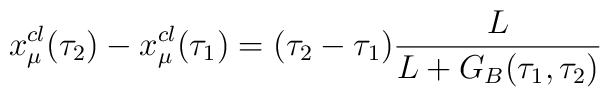
x_\mu^{cl}(\tau_2)-x_\mu^{cl}(\tau_1)=(\tau_2-\tau_1)\frac{L}{L+G_B(\tau_1,\tau_2)}